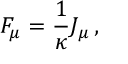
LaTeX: F _ { \mu } = { \frac { 1 } { \kappa } } J _ { \mu } \, ,